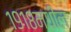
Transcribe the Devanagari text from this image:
१९१८मधील